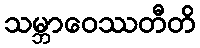
သမ္ဘာဝေဿတီတိ